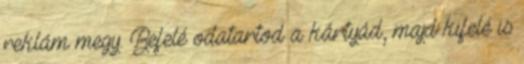
reklám megy. Befelé odatartod a kártyád, majd kifelé is